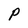
Character: P